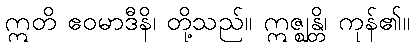
ဣတိ ဧဝမာဒီနိ၊ တို့သည်။ ဣဇ္ဈန္တိ၊ ကုန်၏။